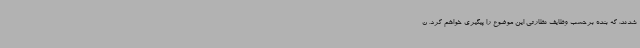
شدند، که بنده برحسب وظایف نظارتی این موضوع را پیگیری خواهم کرد. ن